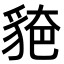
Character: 𧳗